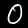
Label: 0